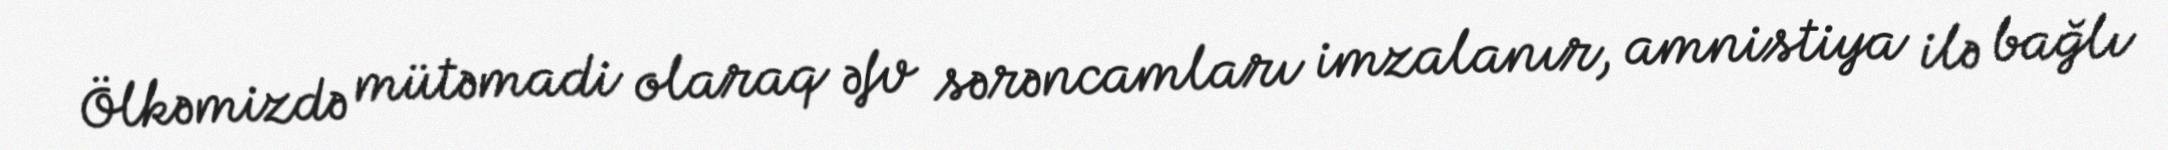
Ölkəmizdə mütəmadi olaraq əfv sərəncamları imzalanır, amnistiya ilə bağlı